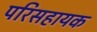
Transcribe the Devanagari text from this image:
परिसहायक